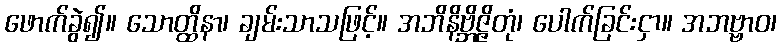
ဖောက်ခွဲ၍။ သောတ္ထိနာ၊ ချမ်းသာသဖြင့်။ အဘိနိဗ္ဘိဇ္ဇိတုံ၊ ပေါက်ခြင်းငှာ။ အဘဗ္ဗာဝ၊